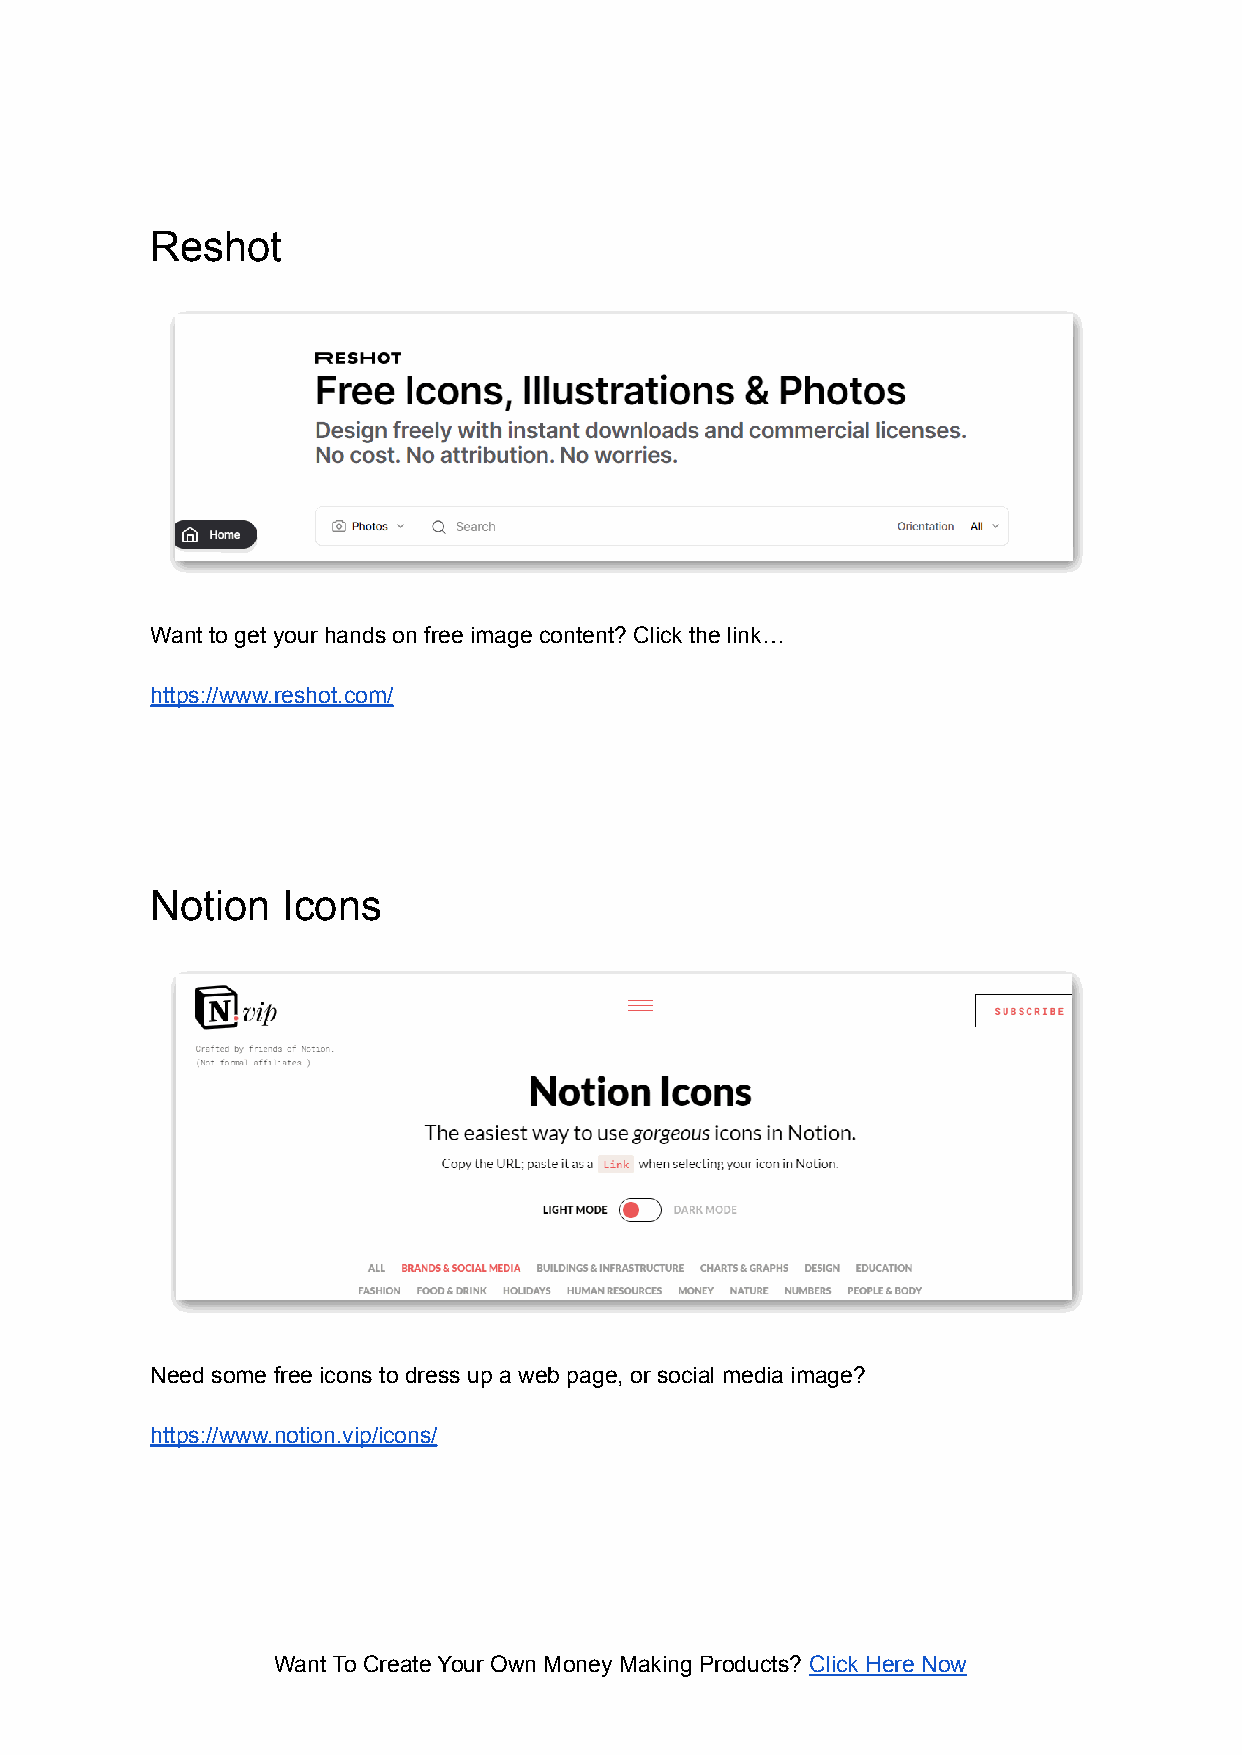
Reshot
 Want to get your hands on free image content? Click the link…
 https://www.reshot.com/
 Notion   Icons
 Need some free icons to dress up a web page, or social media image?
 https://www.notion.vip/icons/
 Want To Create Your Own Money Making Products? Click Here Now